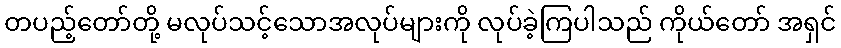
တပည့်တော်တို့ မလုပ်သင့်သောအလုပ်များကို လုပ်ခဲ့ကြပါသည် ကိုယ်တော် အရှင်